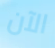
الآن